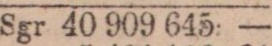
Sgr 40 909 645: —